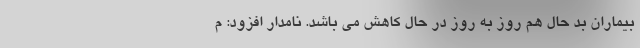
بیماران بد حال هم روز به روز در حال کاهش می باشد. نامدار افزود: م